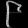
Digit: ၉